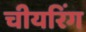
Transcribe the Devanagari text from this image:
चीयरिंग